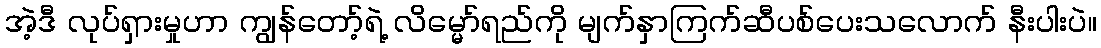
အဲ့ဒီ လုပ်ရှားမှုဟာ ကျွန်တော့်ရဲ့ လိမ္မော်ရည်ကို မျက်နှာကြက်ဆီပစ်ပေးသလောက် နီးပါးပဲ။